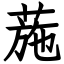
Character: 葹